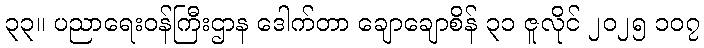
၃၃။ ပညာရေးဝန်ကြီးဌာန ဒေါက်တာ ချောချောစိန် ၃၁ ဇူလိုင် ၂၀၂၅ ၁၀၇